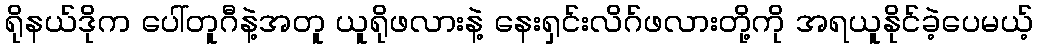
ရိုနယ်ဒိုက ပေါ်တူဂီနဲ့အတူ ယူရိုဖလားနဲ့ နေးရှင်းလိဂ်ဖလားတို့ကို အရယူနိုင်ခဲ့ပေမယ့်